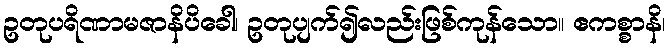
ဥတုပရိဏာမဇာနိပိခေါ၊ ဥတုပျက်၍လည်းဖြစ်ကုန်သော။ ဧကစ္စာနိ၊